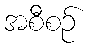
အစီစဉ်